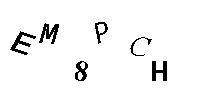
EM8PCH